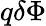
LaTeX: q\delta\Phi